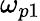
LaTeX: \omega_{p1}